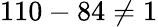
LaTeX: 110-84\neq 1